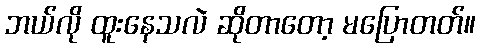
ဘယ်လို ထူးနေသလဲ ဆိုတာတော့ မပြောတတ်။